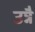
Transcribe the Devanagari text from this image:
उन्नै